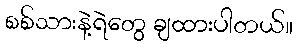
စစ်သားနဲ့ရဲတွေ ချထားပါတယ်။